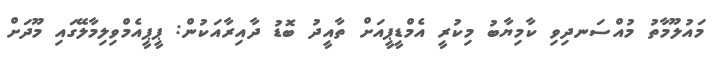
މައުލޫމާތު މުއްސަނދިވި ކާމިޔާބު މިކުރީ އެމްޑީޕީއަށް ތާއީދު ބޮޑު ދާއިރާއަކުން: ޕީޕީއެމްވިލިމާލޭގައި މޫދަށް